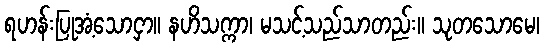
ရဟန်းပြုအံ့သောငှာ။ နဟိသက္ကာ၊ မသင့်သည်သာတည်း။ သုတသောမေ၊